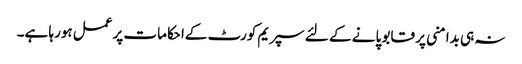
نہ ہی بدامنی پر قابو پانے کے لئے سپریم کورٹ کےاحکامات پرعمل ہورہا ہے۔